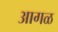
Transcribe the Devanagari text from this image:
अागळ